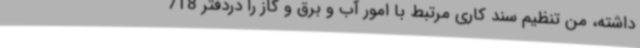
داشته، من تنظیم سند کاری مرتبط با امور آب و برق و گاز را دردفتر 718